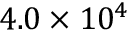
4 . 0 \times 1 0 ^ { 4 }